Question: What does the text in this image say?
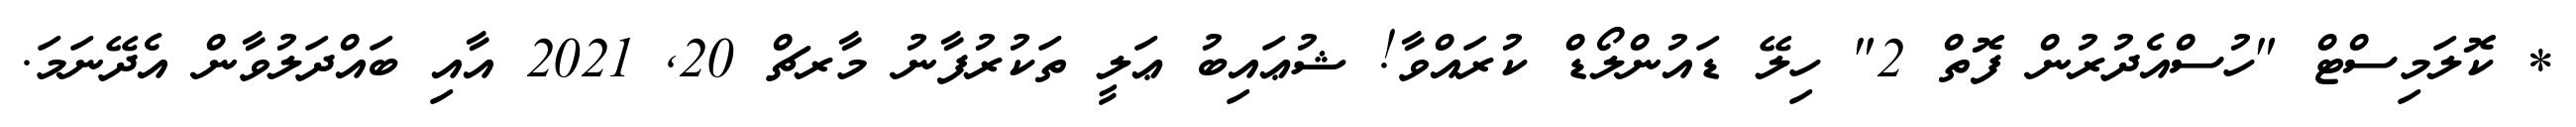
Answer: * ކޮލަމިސްޓް "ހުސްއެދުރުން ފޮތް 2" ހިލޭ ޑައުންލޯޑް ކުރައްވާ! ޝުޢައިބު ޢަލީ ތަކުރުފާނު މާރޗް 20, 2021 އާއި ބައްދަލުވާން އެދޭނަމަ.